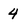
Character: 4